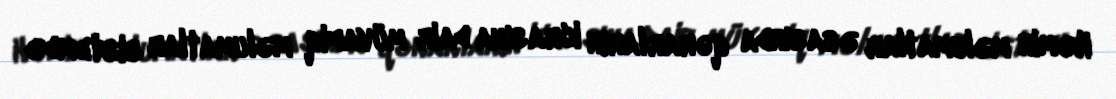
Həmin məlumatlar əsasında qərarların icrasına dair müvafiq məlumatlar sistemdə